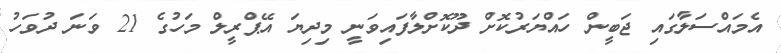
އެމައްސަލާގައި ޖަބީން ހައްޔަރުކޮށް ދޫކޮށްލާފައިވަނީ މިދިޔަ އޭޕްރީލް މަހުގެ 21 ވަނަ ދުވަހު